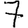
Digit: 7